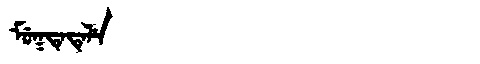
Manchu: ᠮᡠᡴᡨᡝᡨᡝᠯᡝ
Romanization: MUKTETELE